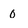
Character: 0